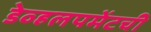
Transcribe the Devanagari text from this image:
डेव्हलपमेंटची